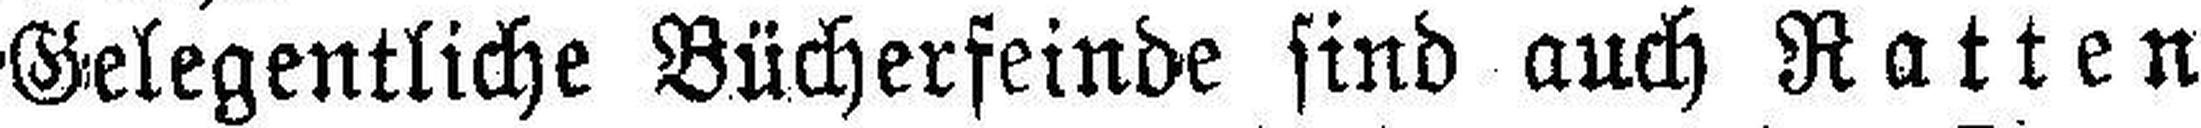
Gelegentliche Bücherfeinde sind auch Ratten